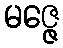
မဇ္ဇေ